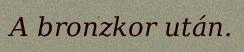
A bronzkor után.